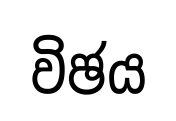
විඡය